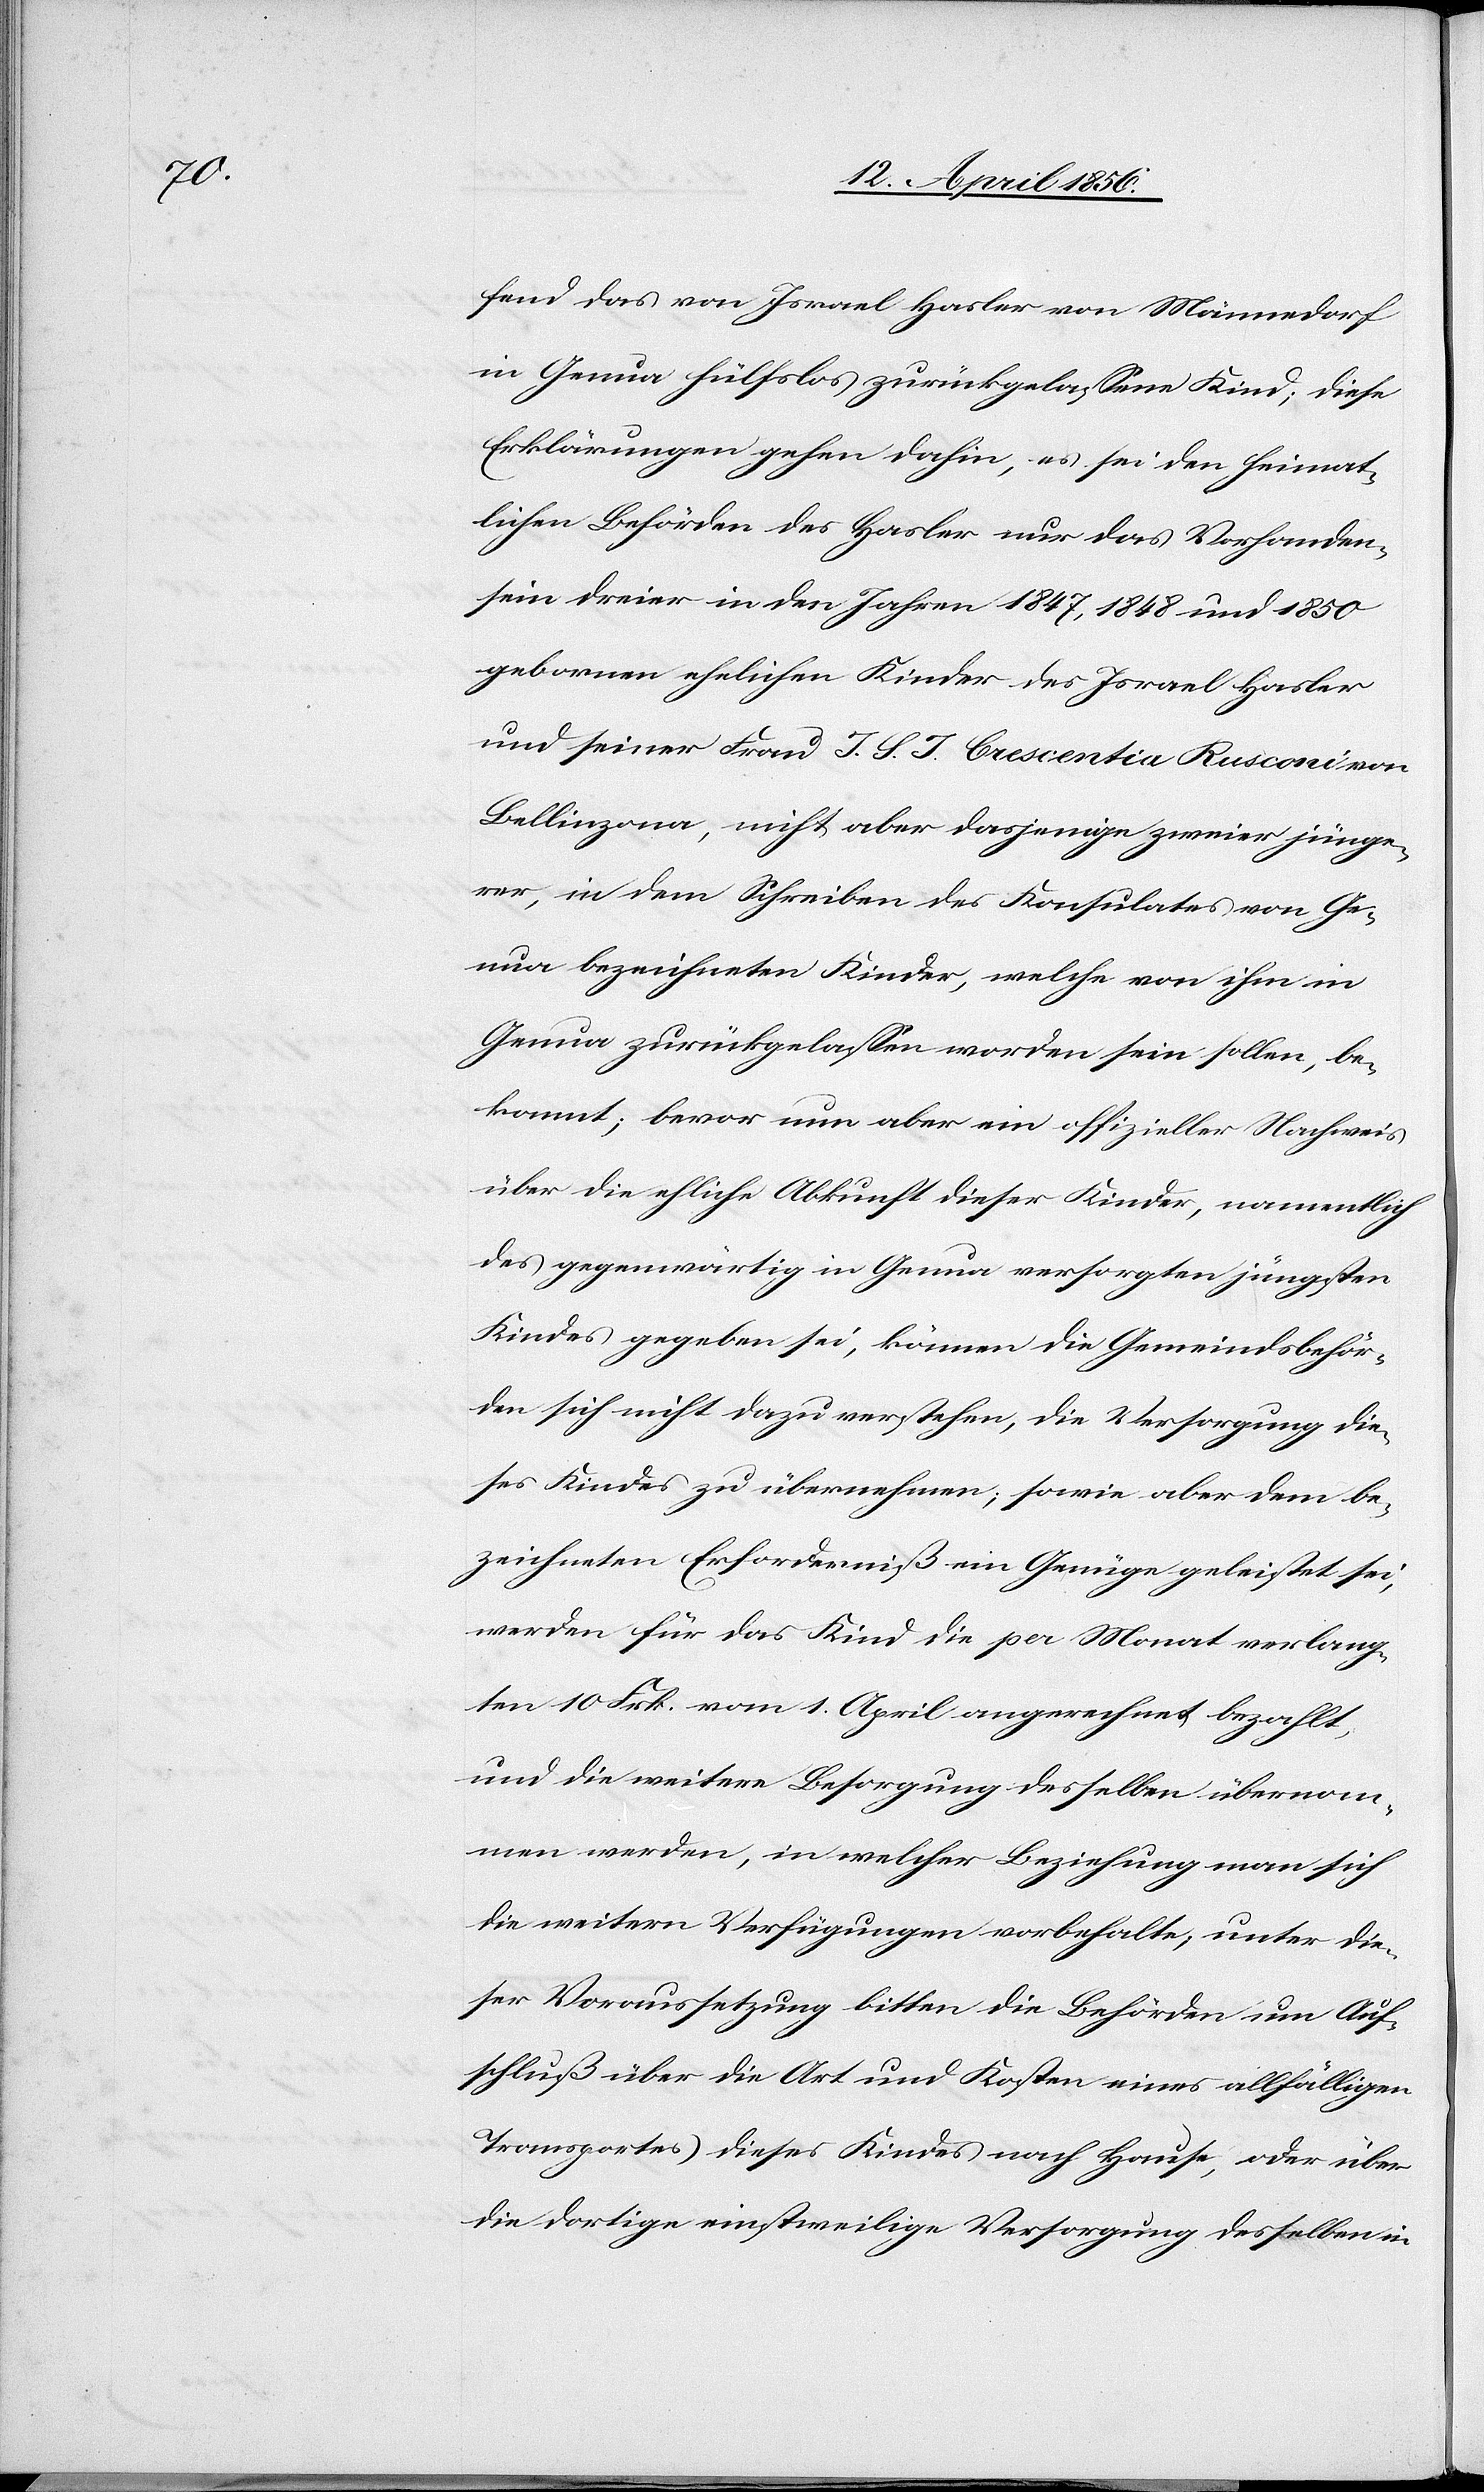
fend das von Israel Hasler von Männedorf
in Genua hülfslos zurückgelassene Kind; diese
Erklärungen gehen dahin, es sei den heimat¬
lichen Behörden des Hasler nur das Vorhanden¬
sein dreier in den Jahren 1847, 1848 und 1850
gebornen ehelichen Kinder des Israel Hasler
und seiner Frau J. S. J. Crescentia Rusconi von
Bellinzona, nicht aber dasjenige zweier jünge¬
rer, in dem Schreiben des Konsulates von Ge¬
nua bezeichneten Kinder, welche von ihm in
Genua zurückgelassen worden sein sollen, be¬
kannt; bevor nun aber ein offizieller Nachweis
über die ehliche Abkunft dieser Kinder, namentlich
des gegenwärtig in Genua versorgten jüngsten
Kindes gegeben sei, können die Gemeindsbehör¬
den sich nicht dazu verstehen, die Versorgung die¬
ses Kindes zu übernehmen; sowie aber dem be¬
zeichneten Erforderniß ein Genüge geleistet sei,
werden für das Kind die per Monat verlang¬
ten 10 Frk. vom 1. April angerechnet bezahlt,
und die weitere Besorgung desselben übernom¬
men werden, in welcher Beziehung man sich
die weitern Verfügungen vorbehalte; unter die¬
ser Voraussetzung bitten die Behörden um Auf¬
schluß über die Art und Kosten eines allfälligen
Transportes dieses Kindes nach Hause, oder über
die dortige einstweilige Versorgung desselben in